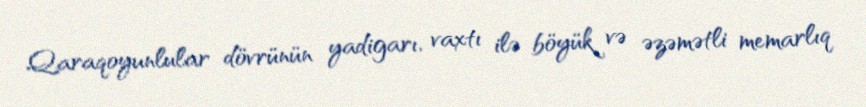
Qaraqoyunlular dövrünün yadigarı, vaxtı ilə böyük və əzəmətli memarlıq